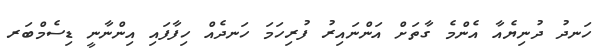
ހަނދު ދުނިޔެއާ އެންމެ ގާތަށް އަންނައިރު ފުރިހަމަ ހަނދެއް ހިފާފައި އިންނާނީ ޑިސެމްބަރ